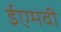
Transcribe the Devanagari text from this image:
ईएमवी